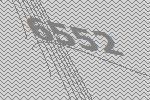
6552